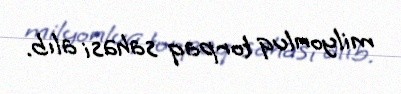
milyonluq torpaq sahəsi alıb.